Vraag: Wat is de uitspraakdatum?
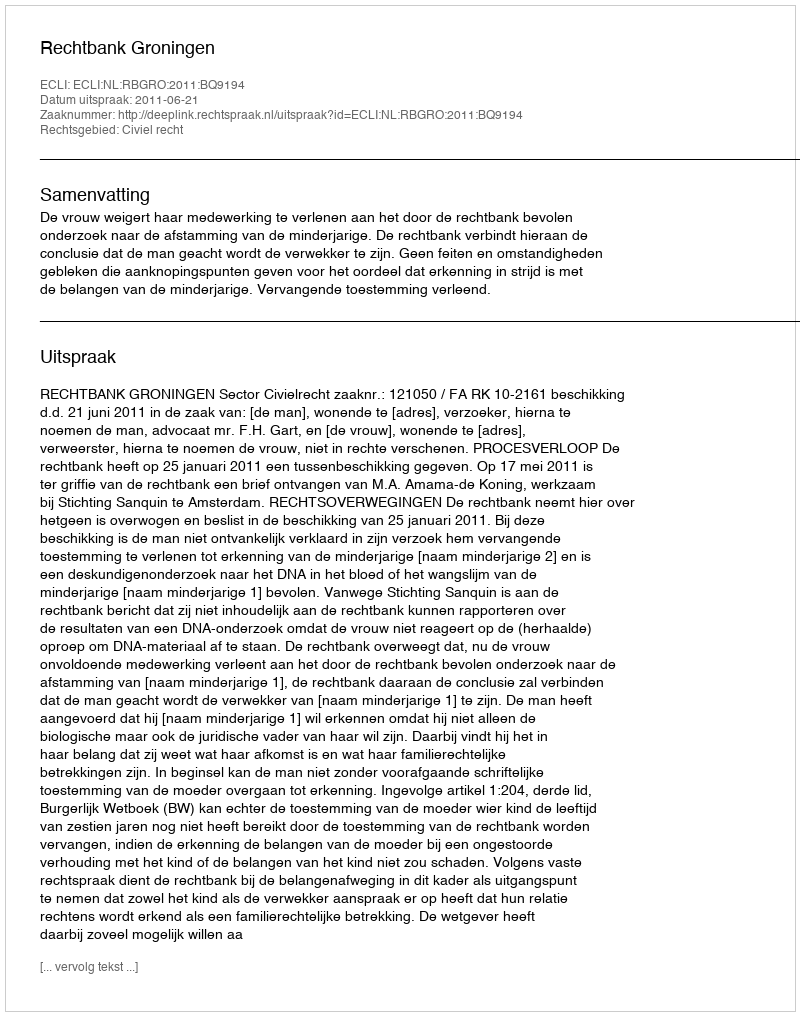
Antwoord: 2011-06-21